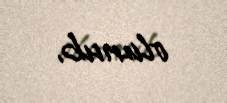
olunub.